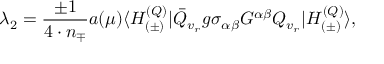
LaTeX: \lambda _ { 2 } = \frac { \pm 1 } { 4 \cdot n _ { \mp } } a ( \mu ) \langle H _ { ( \pm ) } ^ { ( Q ) } | \bar { Q } _ { v _ { r } } g \sigma _ { \alpha \beta } G ^ { \alpha \beta } Q _ { v _ { r } } | H _ { ( \pm ) } ^ { ( Q ) } \rangle ,